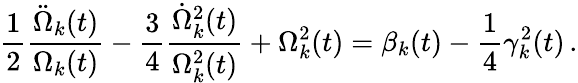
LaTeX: \frac{1}{2}\frac{\ddot{\Omega}_{k}(t)}{\Omega_{k}(t)}-\frac{3}{4}\frac{\dot{\Omega}_{k}^{2}(t)}{\Omega_{k}^{2}(t)}+\Omega_{k}^{2}(t)=\beta_{k}(t)-\frac{1}{4}\gamma_{k}^{2}(t)\, .